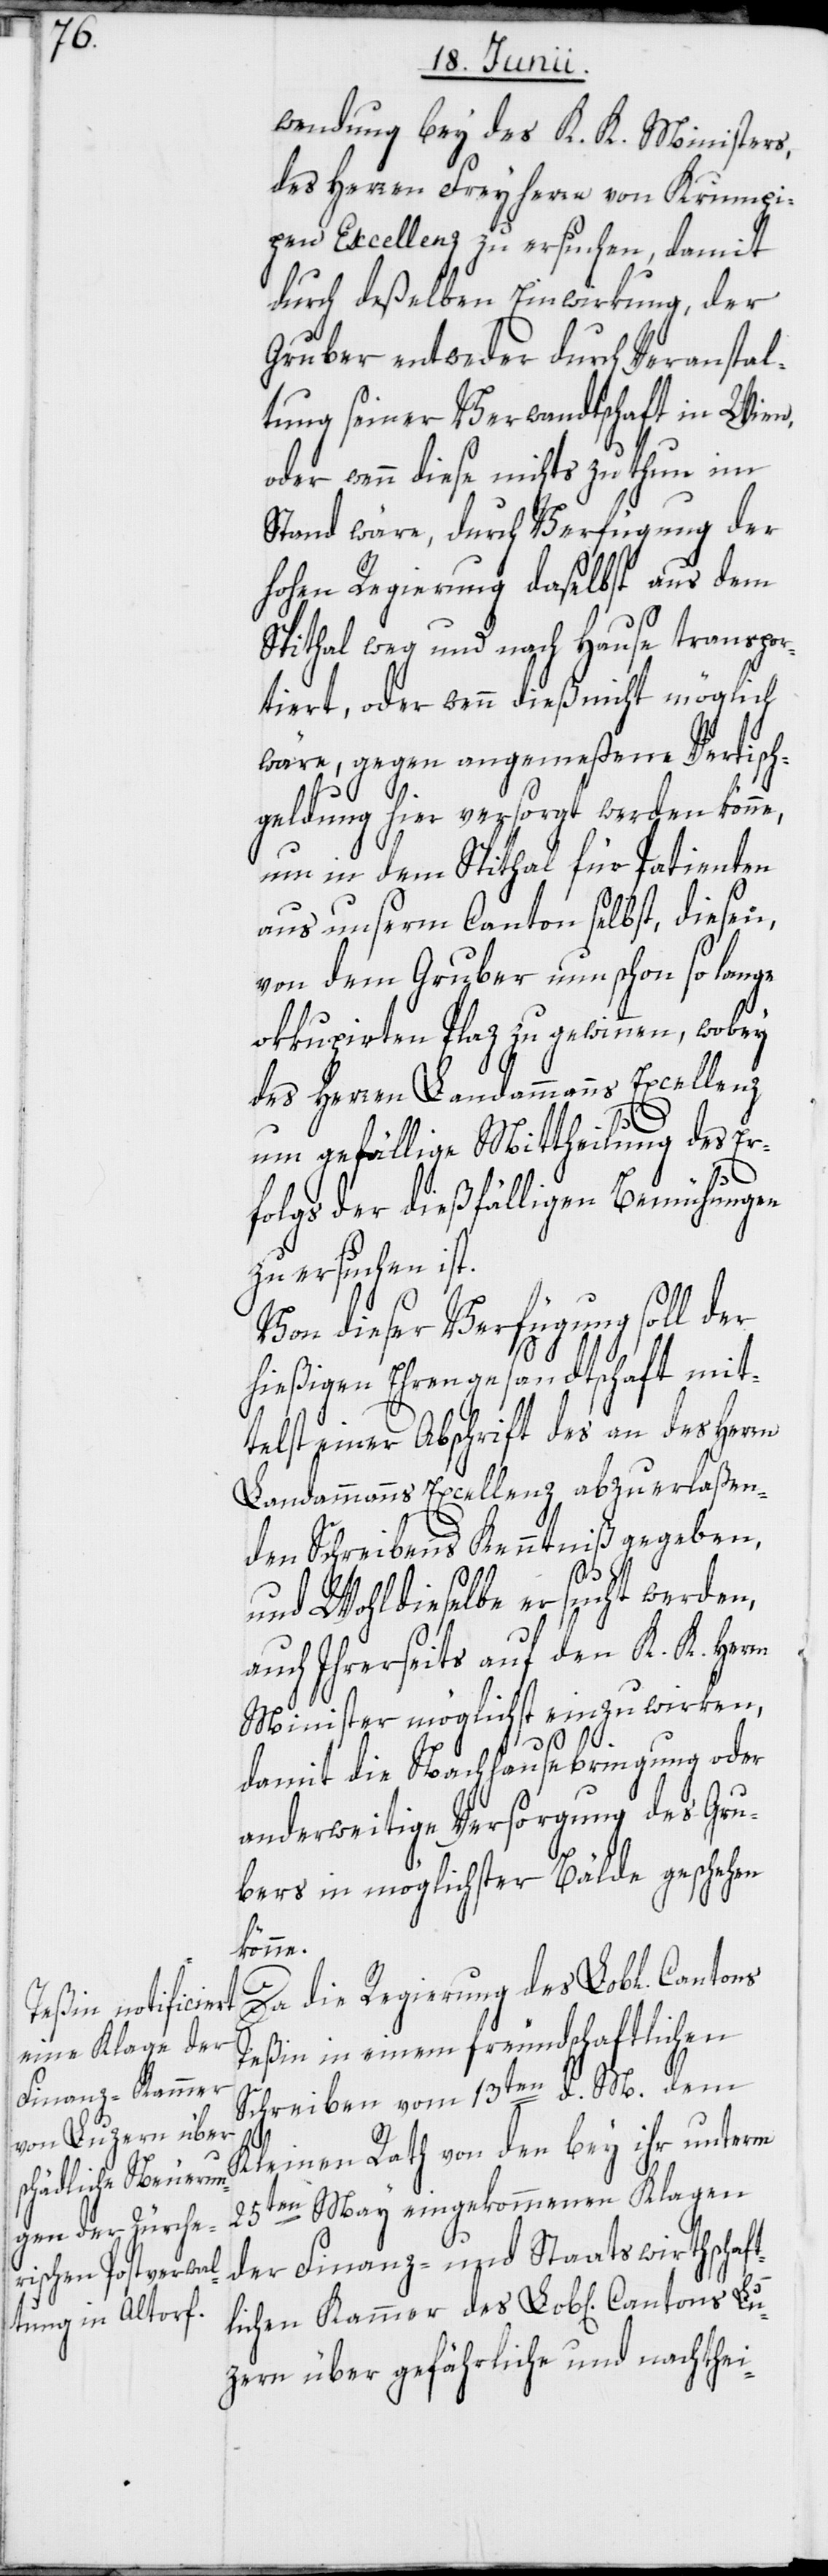
lichen Kammer des

wendung bey des K. K. Ministers,
des Herren Freyherrn von Krumpi¬
pen Excellenz zu ersuchen, damit
durch deßelben Einwirkung, der
Gruber entweder durch Veranstal¬
tung seiner Verwandtschaft in Wien,
oder wenn diese nichts zu thun im
Stand wäre, durch Verfügung der
hohen Regierung daselbst aus dem
Spithal weg und nach Hause transpor¬
tiert, oder wenn dieß nicht möglich
wäre, gegen angemeßene Vertisch¬
geldung hier versorgt werden könne,
um in dem Spithal für Patienten
aus unserm Canton selbst, diesen,
von dem Gruber nun schon so lange
okkupirten Plaz zu gewinnen, wobey
des Herren Landammanns Excellenz
um gefällige Mittheilung des Er¬
folgs der dießfälligen Bemühungen
zu ersuchen ist.
Von dieser Verfügung soll der
hießigen Ehrengesandtschaft mit¬
telst einer Abschrift des an des Herrn
Landammanns Excellenz abzuerlaßen¬
den Schreibens Kenntniß gegeben,
und Wohldieselbe ersucht werden,
auch Ihrerseits auf den K. K. Herrn
Minister möglichst einzuwirken,
damit die Nachhausebringung oder
anderweitige Versorgung des Gru¬
bers in möglichster Bälde geschehen
könne.
Da die Regierung des Lobl. Cantons
Teßin in einem freundschaftlichen
Schreiben vom 13ten d. M. dem
Lu¬
Kleinen Rath von den bey ihr unterm
25ten May eingekommenen Klagen
der Finanz- und Staatswirthschaft¬
zern über gefährliche und nachthei-